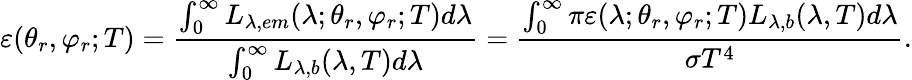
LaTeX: \varepsilon(\theta_{r},\varphi_{r};T)=\frac{\int_{0}^{\infty}L_{\lambda,em}(\lambda;\theta_{r},\varphi_{r};T)d\lambda}{\int_{0}^{\infty}L_{\lambda,b}(\lambda,T)d\lambda}=\frac{\int_{0}^{\infty}\pi\varepsilon(\lambda;\theta_{r},\varphi_{r};T)L_{\lambda,b}(\lambda,T)d\lambda}{\sigma T^{4}}\mathrm{.}